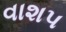
વાશપ